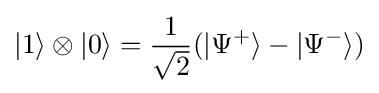
|1\rangle \otimes |0\rangle ={\frac {1}{\sqrt {2}}}(|\Psi ^{+}\rangle -|\Psi ^{-}\rangle )